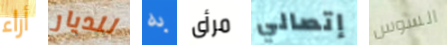
أراء للديار به مرأى إتصالي السوس